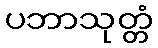
ပဘာသုတ္တံ